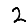
Digit: 2